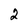
Character: 2